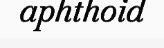
aphthoid